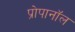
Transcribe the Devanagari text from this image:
प्रोपानॉल